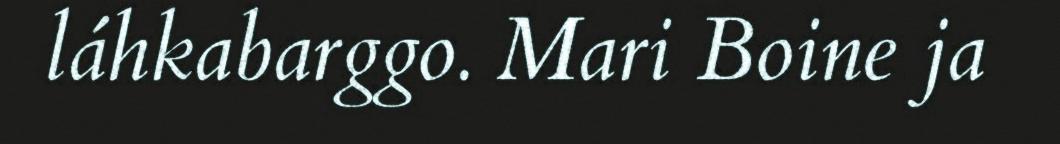
láhkabarggo. Mari Boine ja